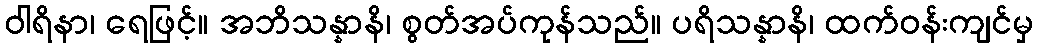
ဝါရိနာ၊ ရေဖြင့်။ အဘိသန္နာနိ၊ စွတ်အပ်ကုန်သည်။ ပရိသန္နာနိ၊ ထက်ဝန်းကျင်မှ